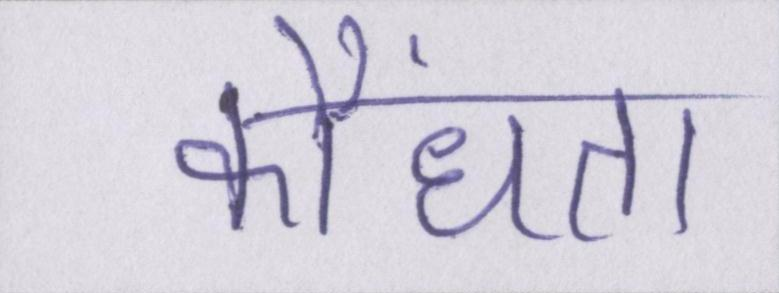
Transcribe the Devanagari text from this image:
कौंधता